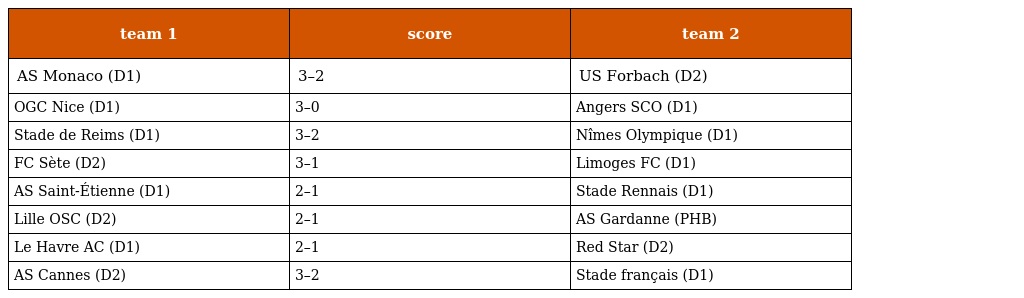
| team 1 | score | team 2 |
 | --- | --- | --- |
 | AS Monaco (D1) | 3–2 | US Forbach (D2) |
 | OGC Nice (D1) | 3–0 | Angers SCO (D1) |
 | Stade de Reims (D1) | 3–2 | Nîmes Olympique (D1) |
 | FC Sète (D2) | 3–1 | Limoges FC (D1) |
 | AS Saint-Étienne (D1) | 2–1 | Stade Rennais (D1) |
 | Lille OSC (D2) | 2–1 | AS Gardanne (PHB) |
 | Le Havre AC (D1) | 2–1 | Red Star (D2) |
 | AS Cannes (D2) | 3–2 | Stade français (D1) |